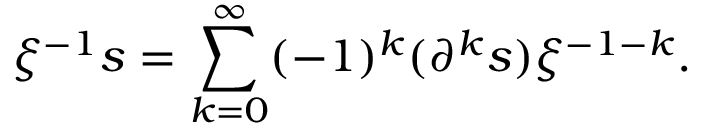
\xi ^ { - 1 } s = \sum _ { k = 0 } ^ { \infty } ( - 1 ) ^ { k } ( \partial ^ { k } s ) \xi ^ { - 1 - k } .